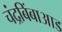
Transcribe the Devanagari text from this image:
चंद्रबिंबाआड